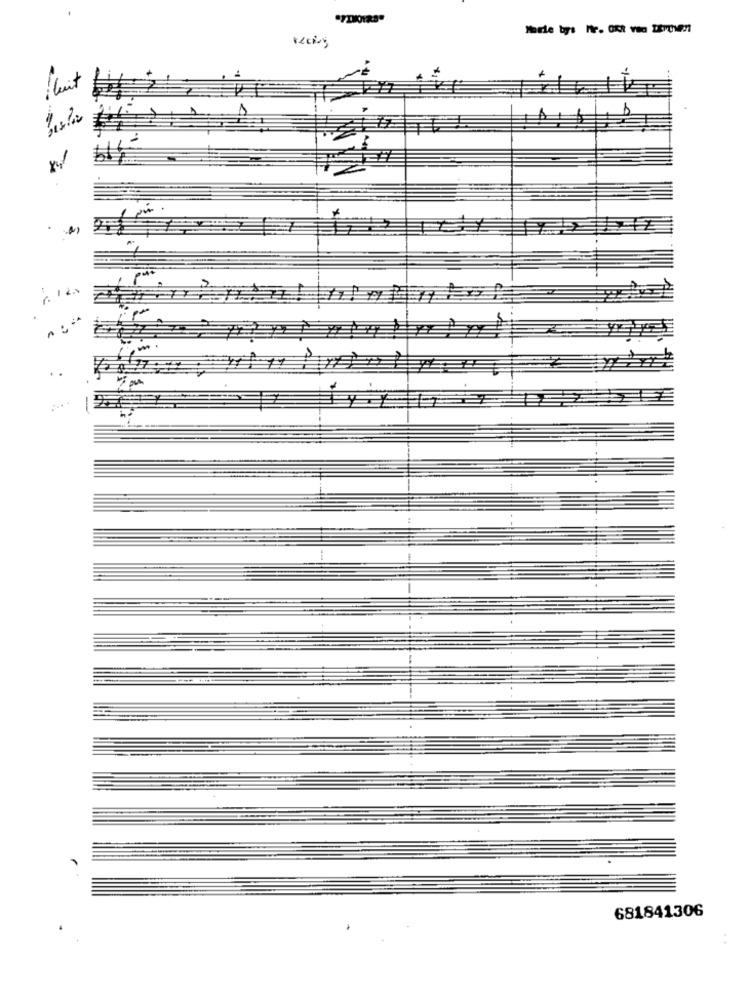
681841306
. .